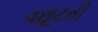
વછૂટતી